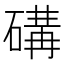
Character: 䃓